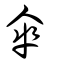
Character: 傘